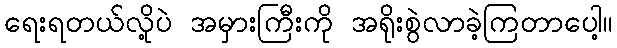
ရေးရတယ်လို့ပဲ အမှားကြီးကို အရိုးစွဲလာခဲ့ကြတာပေါ့။